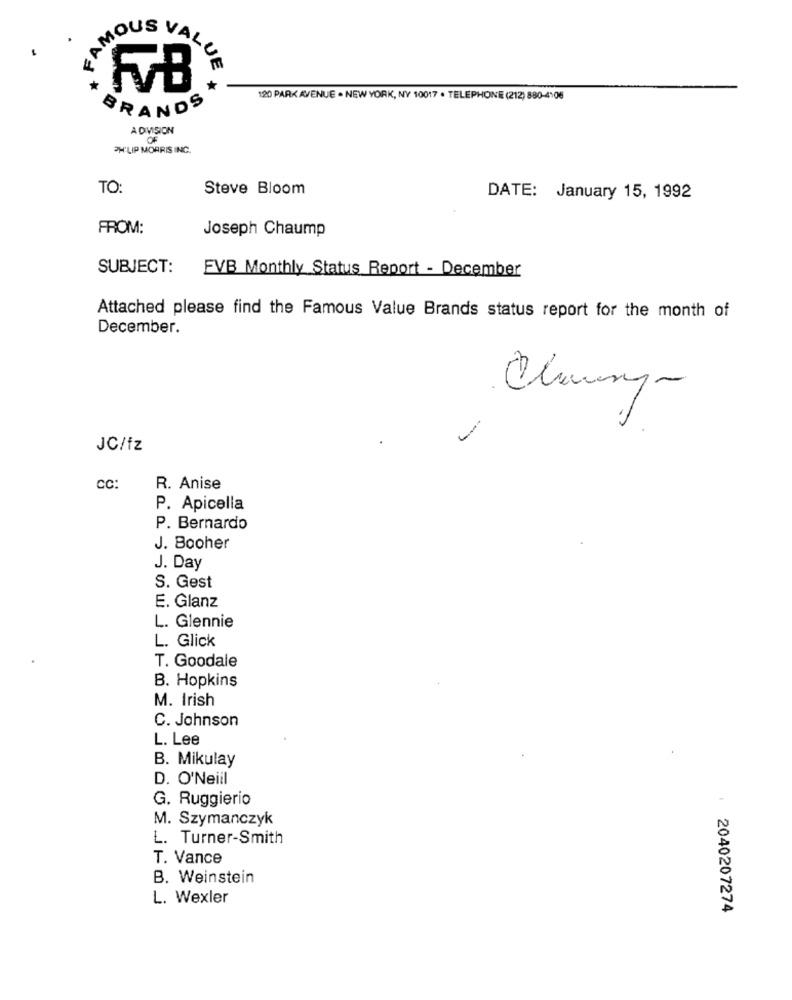
AMOUS VAL
FB
120 PARK AVENUE . NEW YORK, NY 10017 . TELEPHONE (212) 880-4106
BRANDS
A DIVISION
PH'LIP MORRIS INC.
TO:
Steve Bloom
DATE: January 15, 1992
FROM:
Joseph Chaump
SUBJECT:
FVB Monthly Status Report - December
Attached please find the Famous Value Brands status report for the month of
December.
JC/fz
CC
R. Anise
P. Apicella
P. Bernardo
J. Booher
J. Day
S. Gest
E. Glanz
L. Glennie
L. Glick
T. Goodale
B. Hopkins
M. Irish
C. Johnson
L. Lee
B. Mikulay
D. O'Neill
G. Ruggierio
M. Szymanczyk
L. Turner-Smith
T. Vance
B. Weinstein
L. Wexler
2040207274